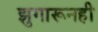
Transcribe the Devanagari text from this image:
झुगारूनही